画像に写った文字を読んでください
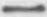
「一」と書いてあります